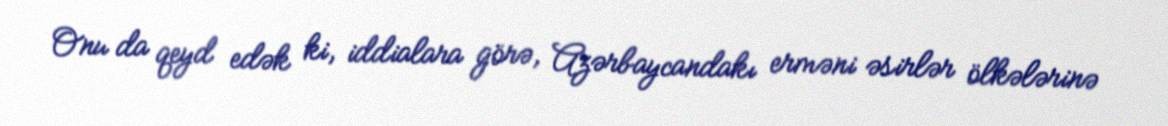
Onu da qeyd edək ki, iddialara görə, Azərbaycandakı erməni əsirlər ölkələrinə